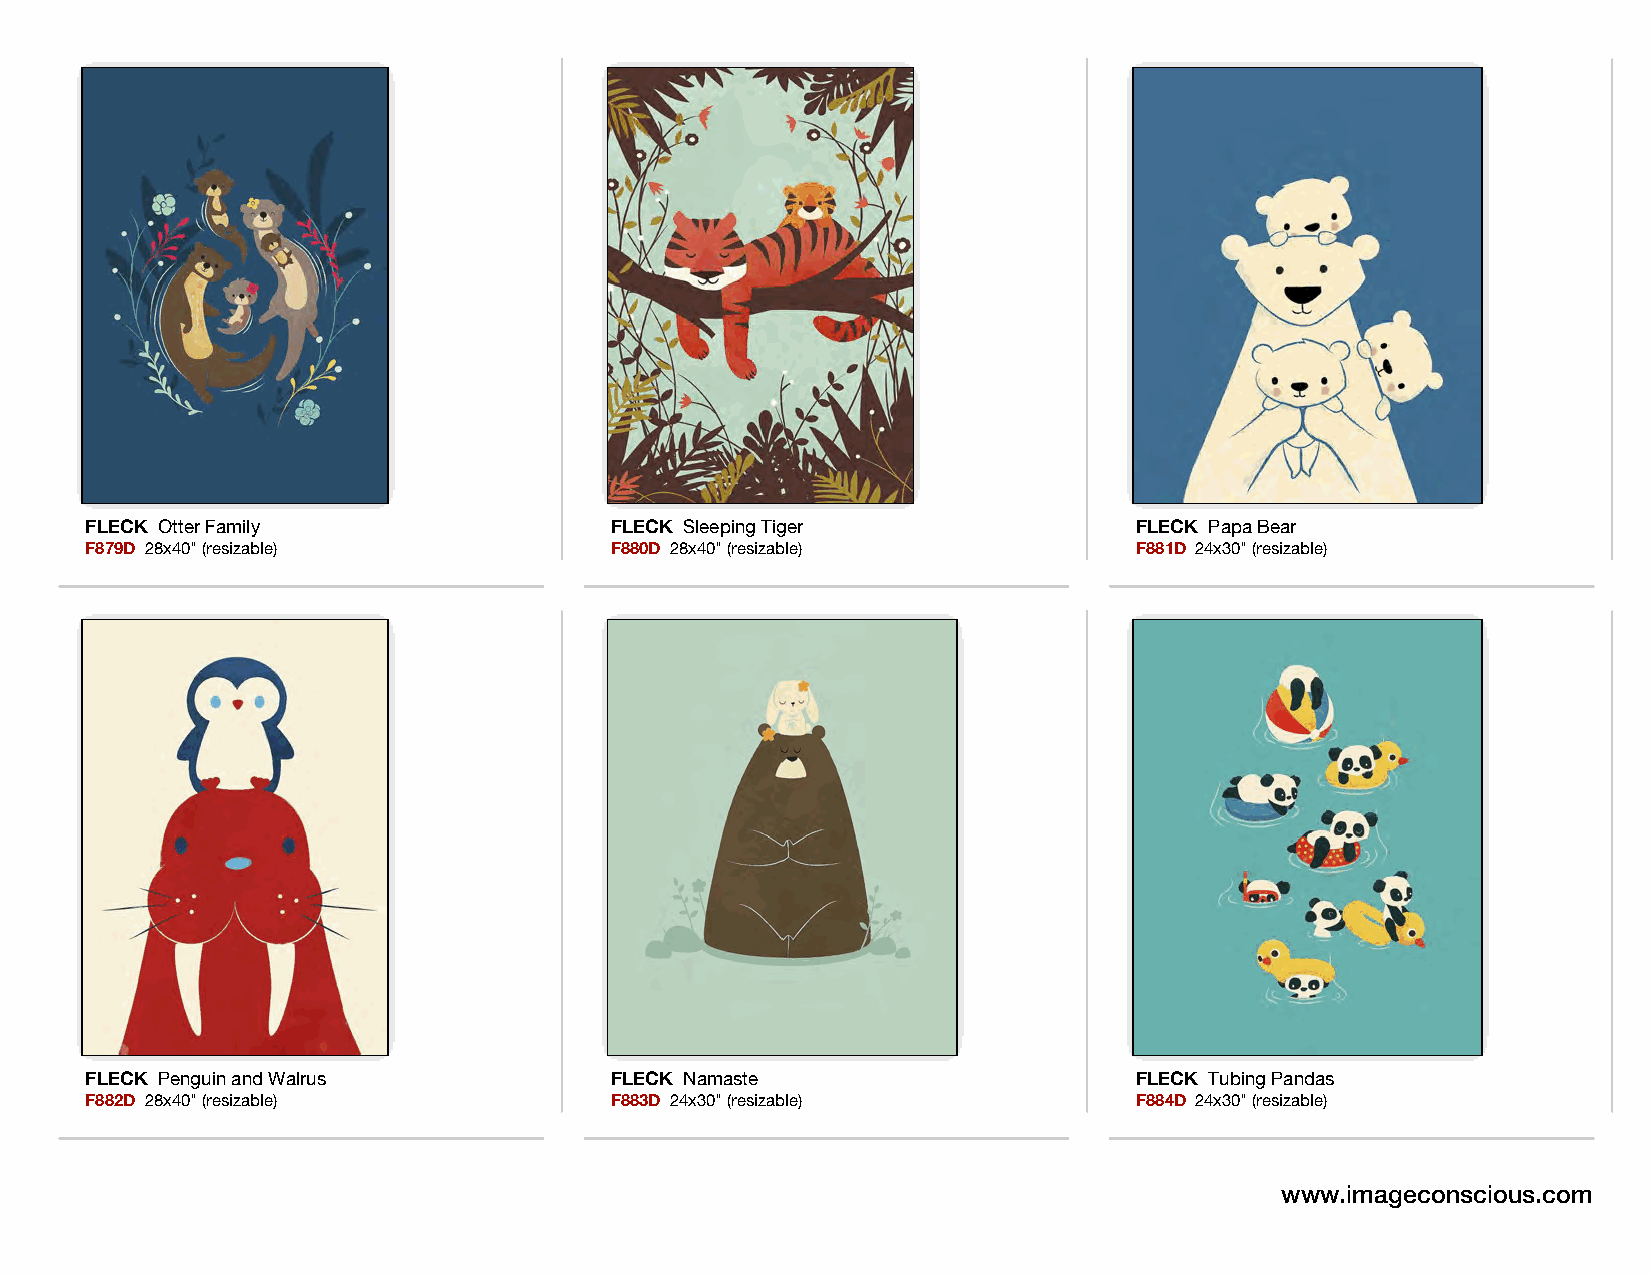
FLECK Otter Family                FLECK Sleeping Tiger               FLECK Papa Bear
 F879D 28x40" (resizable)          F880D 28x40" (resizable)           F881D 24x30" (resizable)
 FLECK Penguin and Walrus          FLECK Namaste                      FLECK Tubing Pandas
 F882D 28x40" (resizable)          F883D 24x30" (resizable)           F884D 24x30" (resizable)
 www.imageconscious.com